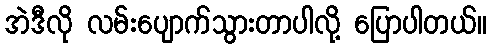
အဲဒီလို လမ်းပျောက်သွားတာပါလို့ ပြောပါတယ်။